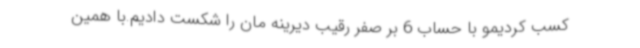
کسب کردیمو با حساب 6 بر صفر رقیب دیرینه مان را شکست دادیم.با همین